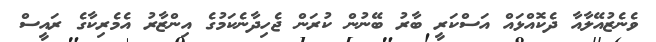
ވެނެޒުއޭލާއާ ދެކޮއްޅައް އަސްކަރީ ބާރު ބޭނުން ކުރަން ޖެހިދާނެކަމުގެ އިންޒާރު އެމެރިކާގެ ރައީސް